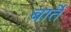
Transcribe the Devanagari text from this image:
बार्ते